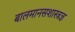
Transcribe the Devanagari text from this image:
बालमानसशास्त्रज्ञ